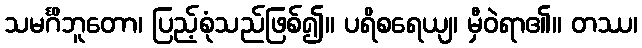
သမင်္ဂိဘူတော၊ ပြည့်စုံသည်ဖြစ်၍။ ပရိစရေယျ၊ မှီဝဲရာ၏။ တဿ၊